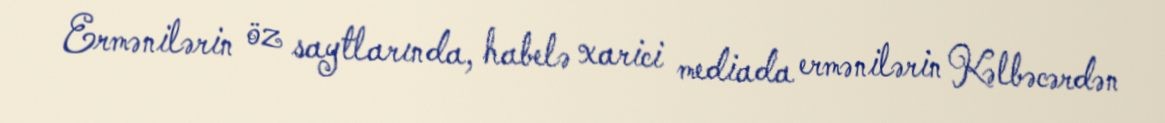
Ermənilərin öz saytlarında, habelə xarici mediada ermənilərin Kəlbəcərdən